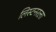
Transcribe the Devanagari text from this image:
लिस्टनरला